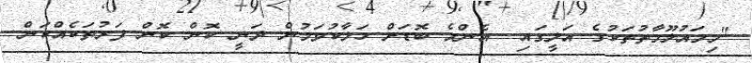
"މިމައުލޫމާތުތަކުގެ އަލީގައި  އެންމެ ބޮޑަށް ހަލާކުވަމުން ދަނީ ކޮން ކޮން ފަރުތަކެއްކަން